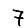
Digit: 7